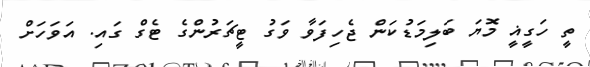
ތީ ހަގީޣީ މޮޔަ ބަލިމަޑުކަން ޖެހިފަވާ ވަގު ޓީޗަރުންގެ ޓެގް ގައި. އަވަހަށް